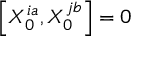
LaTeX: \left[ X _ { 0 } ^ { i a } , X _ { 0 } ^ { j b } \right] = 0